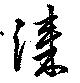
漆